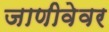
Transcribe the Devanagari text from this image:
जाणीवेवर